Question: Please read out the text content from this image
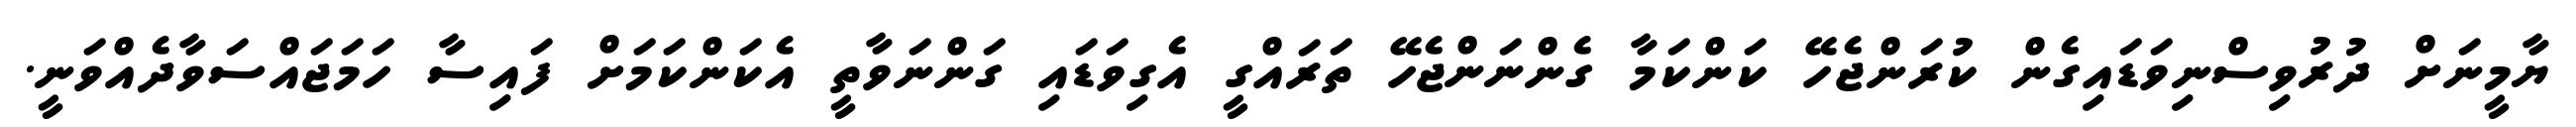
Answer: ޔާމީނަށް ދުރުވިސްނިވަޑައިގެން ކުރަންޖެހޭ ކަންކަމާ ގެންނަންޖެހޭ ތަރައްގީ އެގިވަޑައި ގަންނަވާތީ އެކަންކަމަށް ފައިސާ ހަމަޖައްސަވާދެއްވަނީ.